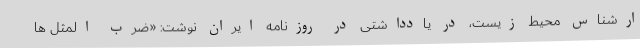
ارشناس محیط زیست، در یادداشتی در روزنامه ایران نوشت: «ضرب المثل ها